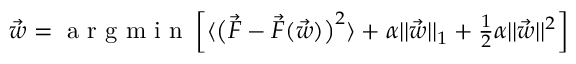
\begin{array} { r } { \vec { w } = \mathrm { ~ a ~ r ~ g ~ m ~ i ~ n ~ } \left[ \langle \big ( \vec { F } - \vec { F } ( \vec { w } ) \big ) ^ { 2 } \rangle + \alpha \lvert \lvert \vec { w } \rvert \rvert _ { 1 } + \frac 1 2 \alpha \lvert \lvert \vec { w } \rvert \rvert ^ { 2 } \right] } \end{array}